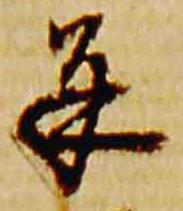
并